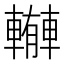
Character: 𨎼